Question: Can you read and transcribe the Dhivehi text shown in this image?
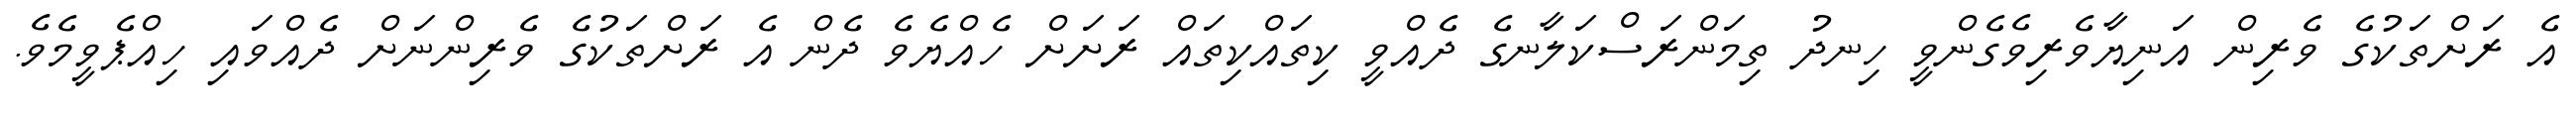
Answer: އެ ރަށްތަކުގެ ވެރިން އަނިޔާވެރިވެގެންވީ ހިނދު ތިމަންރަސްކަލާނގެ ދެއްވީ ކިތައްކިތައް ރަށަށް ހެއްޔެވެ ދެން އެ ރަށްތަކުގެ ވެރިންނަށް ދެއްވައި ހިއްޕެވީމެވެ.